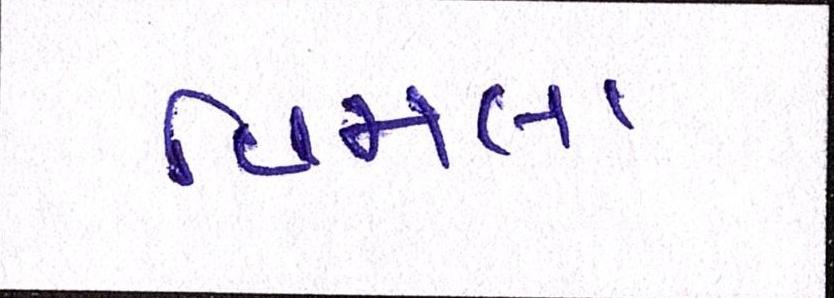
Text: વિમલા